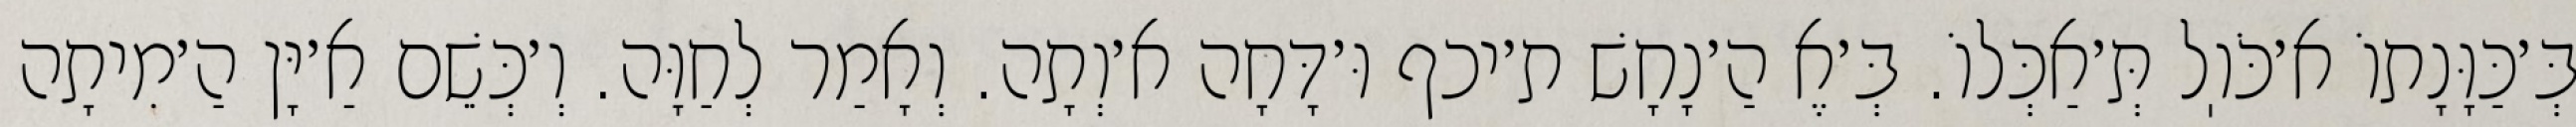
בְּ׳כַּוָּנָתוֹ א׳כֹּוֽל תְּ׳אַכְּלוֹ. בְּ׳אֶ הַ׳נָחָשׁ ת׳יכף וּ׳דָּחָה א׳וְתָה. וְאָמַר לְחַוָּה. וְ׳כְּשֵׁם אַ׳יָּן הַ׳מִיתָה